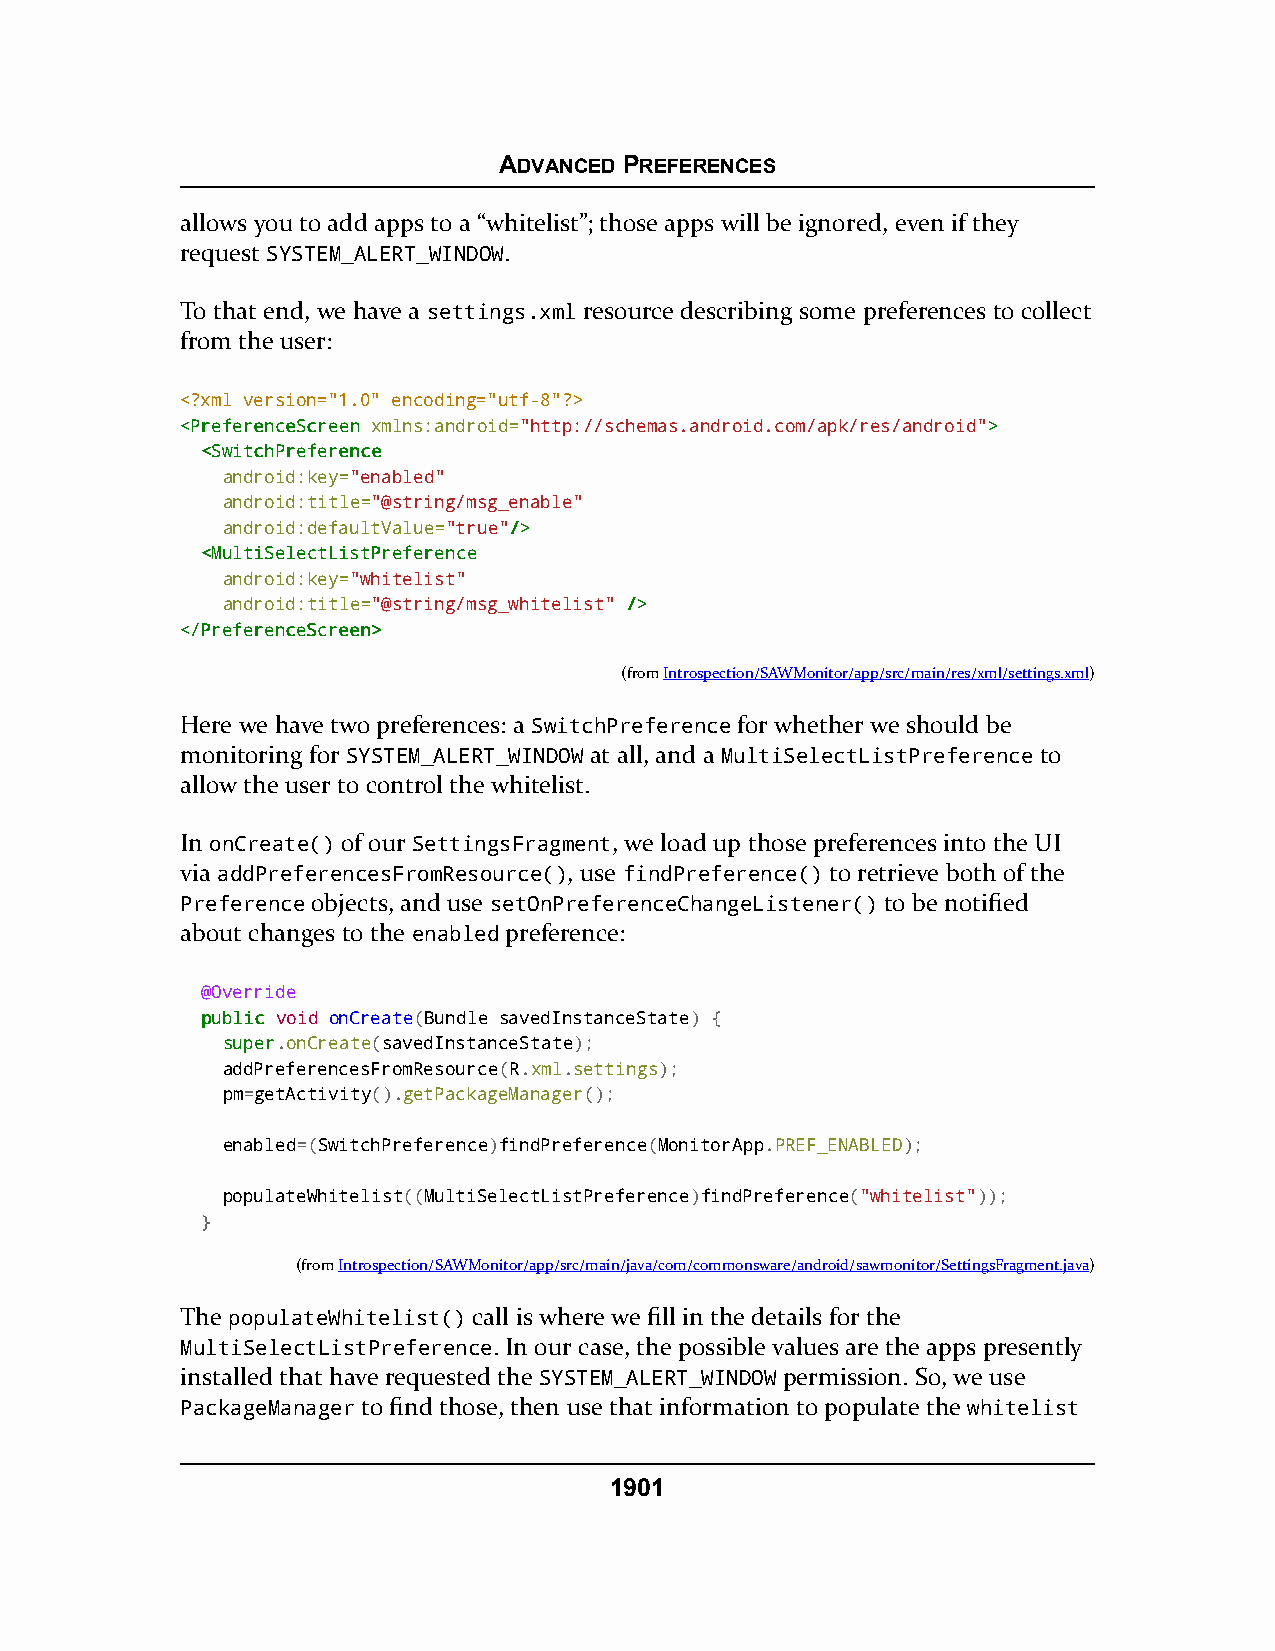
ADVANCED PREFERENCES
 allows you to add apps to a “whitelist”; those apps will be ignored, even if they
 request SYSTEM_ALERT_WINDOW.
 To that end, we have a settings.xml resource describing some preferences to collect
 from the user:
 <?xml version="1.0" encoding="utf-8"?>
 <<PPrreeffeerreenncceeSSccrreeeenn xmlns:android="http://schemas.android.com/apk/res/android">>
 <<SSwwiittcchhPPrreeffeerreennccee
 android:key="enabled"
 android:title="@string/msg_enable"
 android:defaultValue="true"//>>
 <<MMuullttiiSSeelleeccttLLiissttPPrreeffeerreennccee
 android:key="whitelist"
 android:title="@string/msg_whitelist" //>>
 <<//PPrreeffeerreenncceeSSccrreeeenn>>
 (fromIntrospection/SAWMonitor/app/src/main/res/xml/settings.xml)
 Here we have two preferences: a SwitchPreference for whether we should be
 monitoring for SYSTEM_ALERT_WINDOW at all, and a MultiSelectListPreference to
 allow the user to control the whitelist.
 In onCreate() of our SettingsFragment, we load up those preferences into the UI
 via addPreferencesFromResource(), use findPreference() to retrieve both of the
 Preference objects, and use setOnPreferenceChangeListener() to be notified
 about changes to the enabled preference:
 @Override
 ppuubblliicc void onCreate(Bundle savedInstanceState) {
 ssuuppeerr.onCreate(savedInstanceState);
 addPreferencesFromResource(R.xml.settings);
 pm=getActivity().getPackageManager();
 enabled=(SwitchPreference)findPreference(MonitorApp.PREF_ENABLED);
 populateWhitelist((MultiSelectListPreference)findPreference("whitelist"));
 }
 (fromIntrospection/SAWMonitor/app/src/main/java/com/commonsware/android/sawmonitor/SettingsFragment.java)
 The populateWhitelist() call is where we fill in the details for the
 MultiSelectListPreference. In our case, the possible values are the apps presently
 installed that have requested the SYSTEM_ALERT_WINDOW permission. So, we use
 PackageManager to find those, then use that information to populate the whitelist
 1901